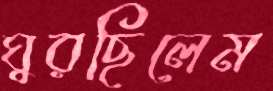
ঘুরছিলেম